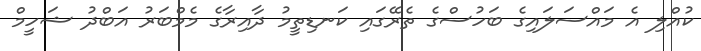
ކުއްލި އެ މައްސަލައިގެ ބަހުސްގެ ތެރޭގައި ކަނޑިތީމު ދާއިރާގެ މެމްބަރު އަބްދު ޝަހީމް